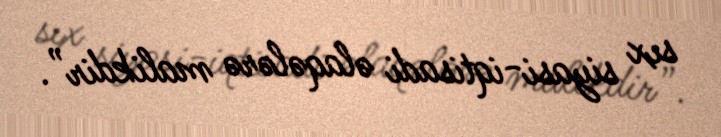
sıx siyasi-iqtisadi əlaqələrə malikdir”.